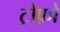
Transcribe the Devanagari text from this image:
ट्रोफ़ो